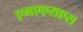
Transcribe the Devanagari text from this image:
एमएएसएस